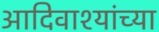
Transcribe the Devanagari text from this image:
आदिवाश्यांच्या